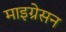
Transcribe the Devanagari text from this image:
माइग्रेसन